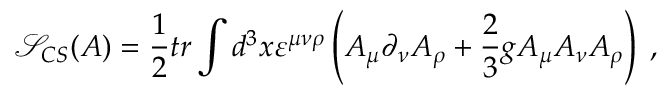
\mathcal { S } _ { C S } ( A ) = \frac 1 2 t r \int d ^ { 3 } x \varepsilon ^ { \mu \nu \rho } \left( A _ { \mu } \partial _ { \nu } A _ { \rho } + \frac 2 3 g A _ { \mu } A _ { \nu } A _ { \rho } \right) \; ,